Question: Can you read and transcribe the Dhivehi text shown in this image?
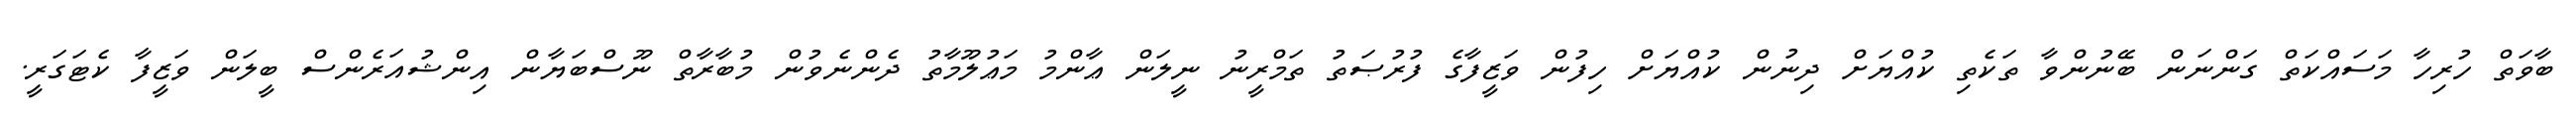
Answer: ބާވަތް ހުރިހާ މަސައްކަތް ގަންނަން ބޭނުންވާ ތަކެތި ކުއްޔަށް ދިނުން ކުއްޔަށް ހިފުން ވަޒީފާގެ ފުރުޞަތު ތަމްރީނު ނީލަން ޢާންމު މަޢުލޫމާތު ދެންނެވުން މުބާރާތް ނޫސްބަޔާން އިންޝުއަރެންސް ބީލަން ވަޒީފާ ކެޓަގަރީ.